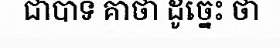
ជាបាទ គាថា ដូច្នេះ ថា